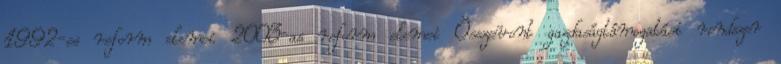
1992-es reform elemei 2003-as reform elemei Összevont gazdaságtámogatási rendszer